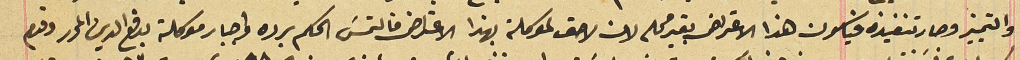
والتمييز وصار تنفيذه فيكون هذا الاعتراض بغير محله لان لاحق لموكلته بهذا الاعتراض فالتمسَ الحكم برده واجبار موكلته بدفع الدين المحرر وقدم